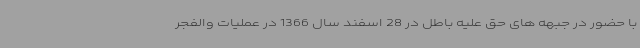
با حضور در جبهه های حق علیه باطل در 28 اسفند سال 1366 در عملیات والفجر